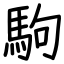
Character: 駒